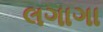
લગાગા